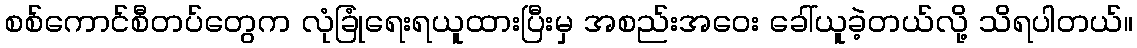
စစ်ကောင်စီတပ်တွေက လုံခြုံရေးရယူထားပြီးမှ အစည်းအဝေး ခေါ်ယူခဲ့တယ်လို့ သိရပါတယ်။